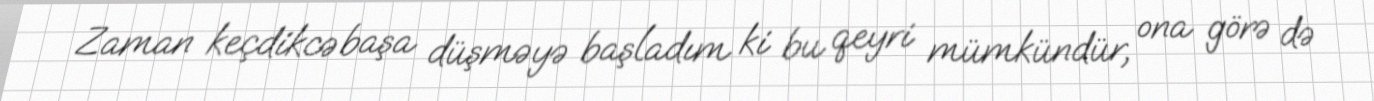
Zaman keçdikcə başa düşməyə başladım ki bu qeyri mümkündür, ona görə də